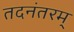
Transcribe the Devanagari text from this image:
तदनंतरम्